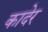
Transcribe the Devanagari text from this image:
कादेर